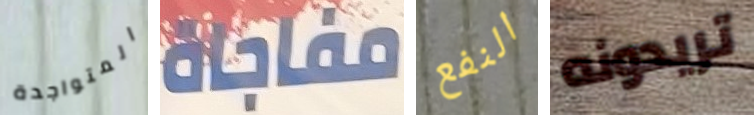
المتواجدة مفاجاة النفع تريدونه